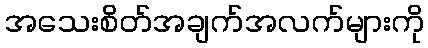
အသေးစိတ်အချက်အလက်များကို